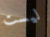
ليست